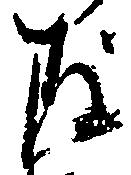
存